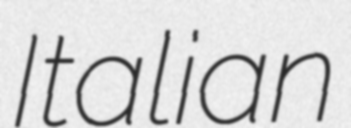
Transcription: Italian